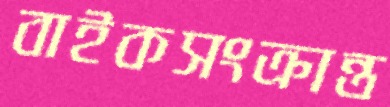
বাইকসংক্রান্ত